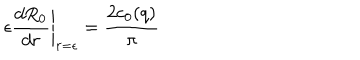
LaTeX: \epsilon \left. { \frac { d R _ { 0 } } { d r } } \right| _ { r = \epsilon } = { \frac { 2 c _ { 0 } ( q ) } { \pi } }